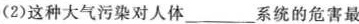
(2)这种大气污染对人体___系统的危害最